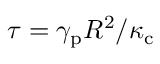
\tau = \gamma _ { \mathrm { p } } R ^ { 2 } / \kappa _ { \mathrm { c } }